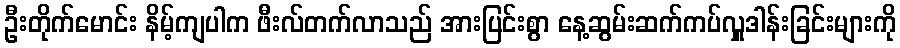
ဦးတိုက်မောင်း နိမ့်ကျပါက ဖီးလ်တက်လာသည် အားပြင်းစွာ နေ့ဆွမ်းဆက်ကပ်လှူဒါန်းခြင်းများကို